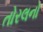
તોરલનો